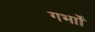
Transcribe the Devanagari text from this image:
गर्भाों